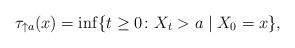
LaTeX: \begin{align*}\tau_{\uparrow a}(x) = \inf\{t\geq 0\colon X_t> a \mid X_0=x\},\end{align*}